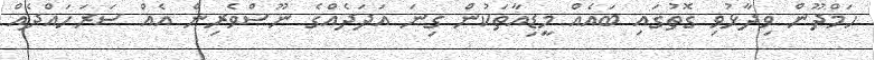
ހަމްދޫން ވިދާޅުވި ގޮތުގައި ބައެއް މީޑިއާތަކުން ގިނަ އަދަދެއްގެ ނޫސްވެރިން އެއް ސަރަހައްދެއް